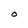
Character: O